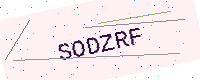
Text: SODZRF